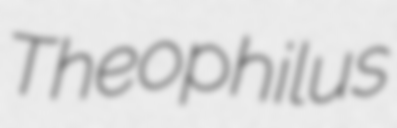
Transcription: Theophilus